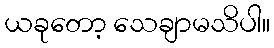
ယခုတော့ သေချာမသိပါ။